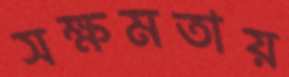
সক্ষমতায়